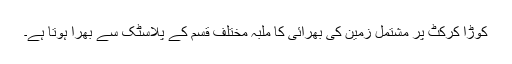
کوڑا کرکٹ پر مشتمل زمین کی بھرائی کا ملبہ مختلف قسم کے پلاسٹک سے بھرا ہوتا ہے۔